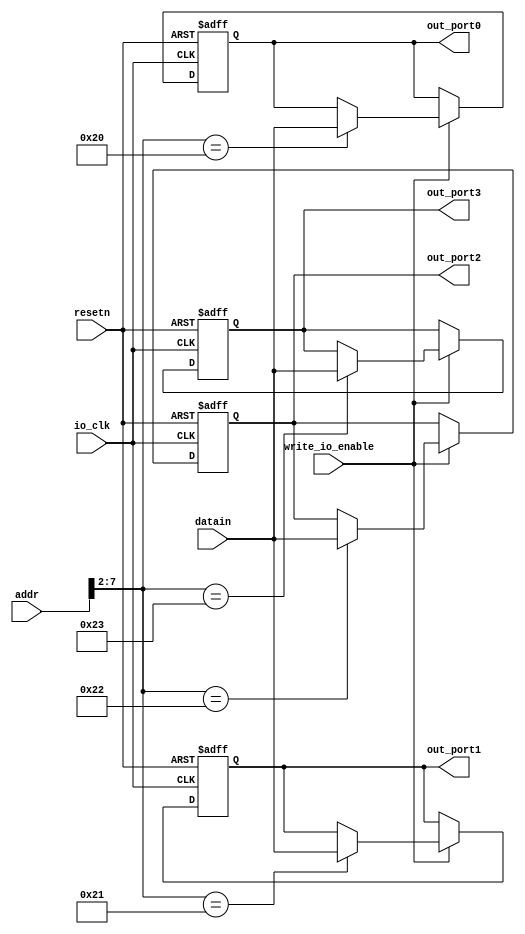
module io_output(resetn,
	addr,datain,write_io_enable,io_clk,out_port0,out_port1,out_port2, out_port3
);
	input 	[31:0] 	addr,datain;
	input 			write_io_enable,io_clk,resetn;
	output 	[31:0]	out_port0,out_port1,out_port2, out_port3;
	
	reg [31:0]out_port0;
	reg	[31:0]out_port1;
	reg	[31:0]out_port2;
	reg [31:0]out_port3;
	
	always @ (posedge io_clk or negedge resetn)
	begin
		if (resetn == 0)
		begin
		out_port0 = 0;out_port1 = 0;out_port2 = 0;out_port3 = 0;
		end
		else if (write_io_enable == 1)
			case (addr[7:2])
				6'b100000: out_port0 = datain; //outport0 byte address ox80
				6'b100001: out_port1 = datain; //outport1 byte address ox84 , you can change the address
				6'b100010: out_port2 = datain; //outport2 byte address ox88 
				6'b100011: out_port3 = datain;
			endcase
	end
endmodule